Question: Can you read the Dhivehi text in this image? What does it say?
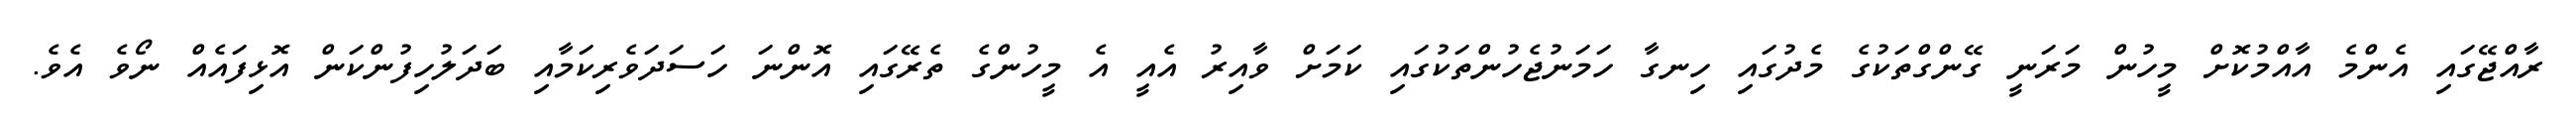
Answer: ރާއްޖޭގައި އެންމެ އާއްމުކޮށް މީހުން މަރަނީ ގޭންގްތަކުގެ މެދުގައި ހިނގާ ހަމަނުޖެހުންތަކުގައި ކަމަށް ވާއިރު އެއީ އެ މީހުންގެ ތެރޭގައި އޮންނަ ހަސަދަވެރިކަމާއި ބަދަލުހިފުންކަން އޮޅިފައެއް ނޯވެ އެވެ.